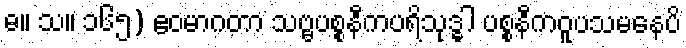
ဓ။ သ။ ၁၆၅) ဧဝမာဂတာ သဗ္ဗပစ္စနီကပရိသုဒ္ဓါ ပစ္စနီကဝူပသမနေပိ